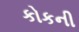
કોકની